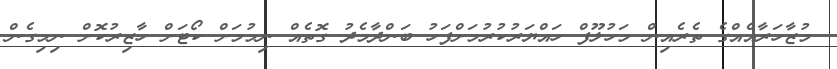
މުޒާހަރާއެއްގެ ތެރެއިން މަހުލޫފް ހައްޔަރުކުރުމަށްފަހު ބަންދާމެދު ގޮތެއް ނިމުމަށް ކޯޓަށް ހާޒިރުކޮށް ނިމިގެން